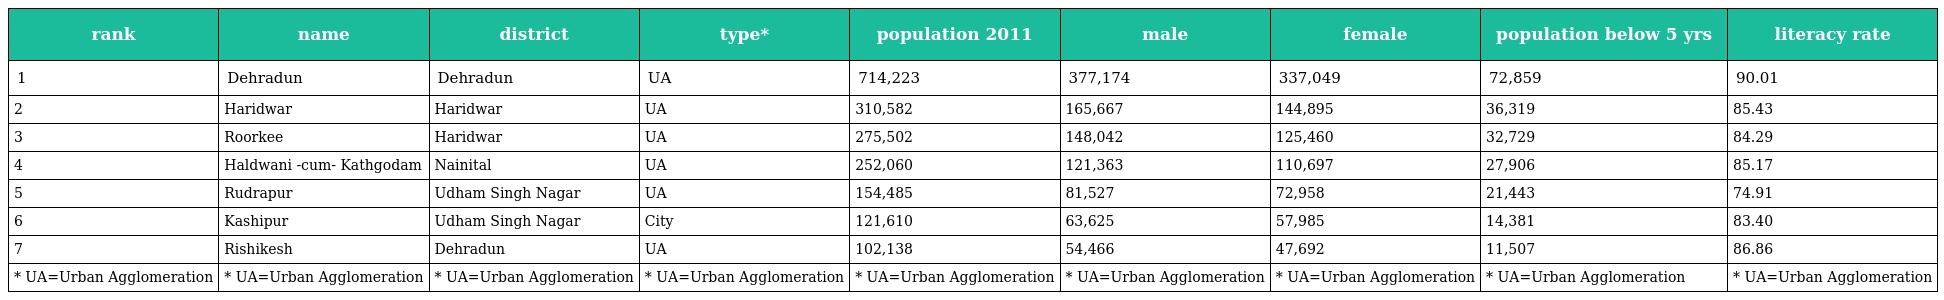
| rank | name | district | type* | population 2011 | male | female | population below 5 yrs | literacy rate |
 | --- | --- | --- | --- | --- | --- | --- | --- | --- |
 | 1 | Dehradun | Dehradun | UA | 714,223 | 377,174 | 337,049 | 72,859 | 90.01 |
 | 2 | Haridwar | Haridwar | UA | 310,582 | 165,667 | 144,895 | 36,319 | 85.43 |
 | 3 | Roorkee | Haridwar | UA | 275,502 | 148,042 | 125,460 | 32,729 | 84.29 |
 | 4 | Haldwani -cum- Kathgodam | Nainital | UA | 252,060 | 121,363 | 110,697 | 27,906 | 85.17 |
 | 5 | Rudrapur | Udham Singh Nagar | UA | 154,485 | 81,527 | 72,958 | 21,443 | 74.91 |
 | 6 | Kashipur | Udham Singh Nagar | City | 121,610 | 63,625 | 57,985 | 14,381 | 83.40 |
 | 7 | Rishikesh | Dehradun | UA | 102,138 | 54,466 | 47,692 | 11,507 | 86.86 |
 | * UA=Urban Agglomeration | * UA=Urban Agglomeration | * UA=Urban Agglomeration | * UA=Urban Agglomeration | * UA=Urban Agglomeration | * UA=Urban Agglomeration | * UA=Urban Agglomeration | * UA=Urban Agglomeration | * UA=Urban Agglomeration |